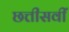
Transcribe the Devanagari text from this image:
छत्तीसवीं